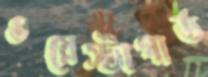
ওয়েস্টাগার্ড